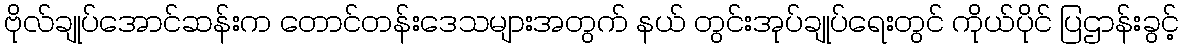
ဗိုလ်ချုပ်အောင်ဆန်းက တောင်တန်းဒေသများအတွက် နယ် တွင်းအုပ်ချုပ်ရေးတွင် ကိုယ်ပိုင် ပြဌာန်းခွင့်